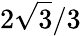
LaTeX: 2{\sqrt{3}}/3